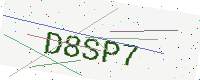
Text: D8SP7